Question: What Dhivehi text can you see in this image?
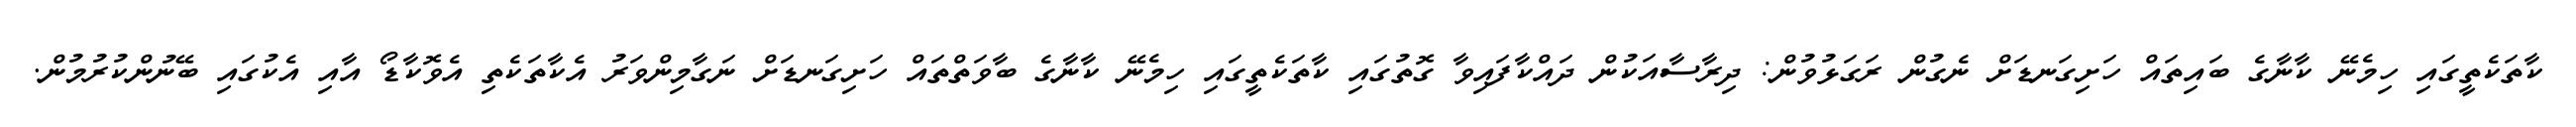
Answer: ކާތަކެތީގައި ހިމެނޭ ކާނާގެ ބައިތައް ހަށިގަނޑަށް ނެގުން ރަގަޅުވުން: ދިރާސާއަކުން ދައްކާފައިވާ ގޮތުގައި ކާތަކެތީގައި ހިމެނޭ ކާނާގެ ބާވަތްތައް ހަށިގަނޑަށް ނަގާމިންވަރު އެކާތަކެތި އެވޮކާޑޯ އާއި އެކުގައި ބޭނުންކުރުމުން.